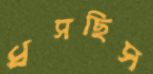
ধসছিস